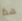
هذا